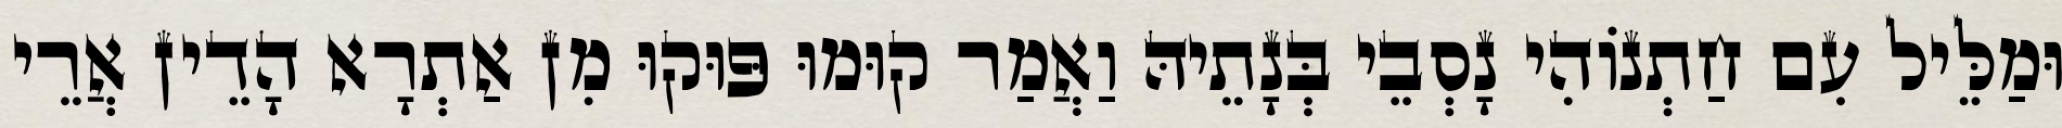
וּמַלֵּיל עִם חַתְנוֹהִי נָסְבֵי בְּנָתֵיהּ וַאֲמַר קוּמוּ פּוּקוּ מִן אַתְרָא הָדֵין אֲרֵי